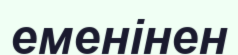
еменінен